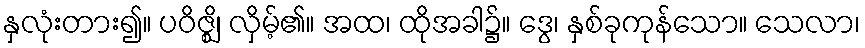
နှလုံးတား၍။ ပဝိဇ္ဈိ၊ လှိမ့်၏။ အထ၊ ထိုအခါ၌။ ဒွေ၊ နှစ်ခုကုန်သော။ သေလာ၊